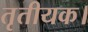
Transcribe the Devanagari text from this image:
तृतीयक।